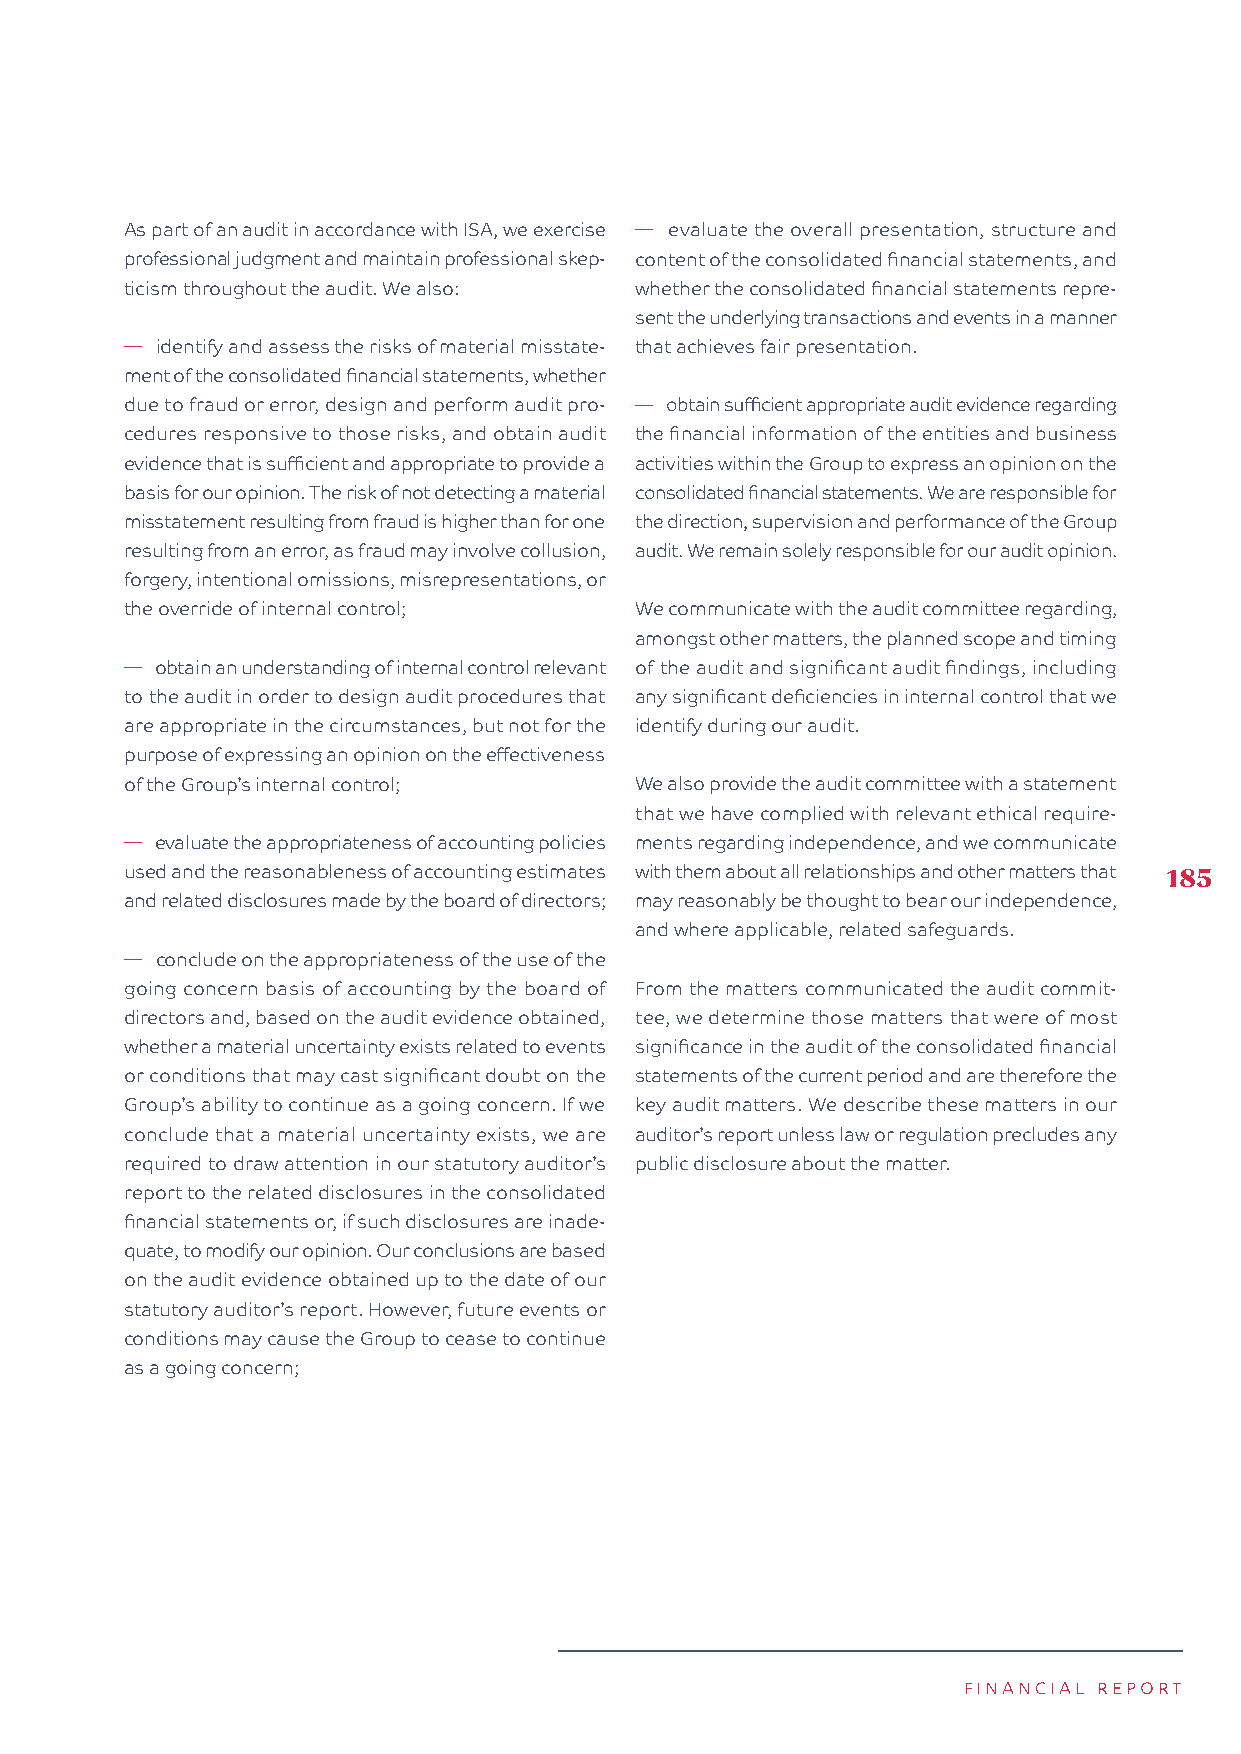
As part of an audit in accordance with ISA, we exercise � evaluate the overall presentation, structure and
 professional judgment and maintain professional skep- content of the consolidated financial statements, and
 ticism throughout the audit. We also: whether the consolidated financial statements repre-
 sent the underlying transactions and events in a manner
 � identify and assess the risks of material misstate- that achieves fair presentation.
 ment of the consolidated financial statements, whether
 due to fraud or error, design and perform audit pro- � obtain sufficient appropriate audit evidence regarding
 cedures responsive to those risks, and obtain audit the financial information of the entities and business
 evidence that is sufficient and appropriate to provide a activities within the Group to express an opinion on the
 basis for our opinion. The risk of not detecting a material consolidated financial statements. We are responsible for
 misstatement resulting from fraud is higher than for one the direction, supervision and performance of the Group
 resulting from an error, as fraud may involve collusion, audit. We remain solely responsible for our audit opinion.
 forgery, intentional omissions, misrepresentations, or
 the override of internal control; We communicate with the audit committee regarding,
 amongst other matters, the planned scope and timing
 � obtain an understanding of internal control relevant of the audit and significant audit findings, including
 to the audit in order to design audit procedures that any significant deficiencies in internal control that we
 are appropriate in the circumstances, but not for the identify during our audit.
 purpose of expressing an opinion on the effectiveness
 of the Group’s internal control;  We also provide the audit committee with a statement
 that we have complied with relevant ethical require-
 � evaluate the appropriateness of accounting policies ments regarding independence, and we communicate
 used and the reasonableness of accounting estimates with them about all relationships and other matters that 185
 and related disclosures made by the board of directors; may reasonably be thought to bear our independence,
 and where applicable, related safeguards.
 � conclude on the appropriateness of the use of the
 going concern basis of accounting by the board of From the matters communicated the audit commit-
 directors and, based on the audit evidence obtained, tee, we determine those matters that were of most
 whether a material uncertainty exists related to events significance in the audit of the consolidated financial
 or conditions that may cast significant doubt on the statements of the current period and are therefore the
 Group’s ability to continue as a going concern. If we key audit matters. We describe these matters in our
 conclude that a material uncertainty exists, we are auditor’s report unless law or regulation precludes any
 required to draw attention in our statutory auditor’s public disclosure about the matter.
 report to the related disclosures in the consolidated
 financial statements or, if such disclosures are inade-
 quate, to modify our opinion. Our conclusions are based
 on the audit evidence obtained up to the date of our
 statutory auditor’s report. However, future events or
 conditions may cause the Group to cease to continue
 as a going concern;
 FINANCIAL REPORT